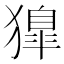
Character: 獋